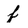
Character: f